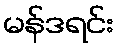
မန်ဒရင်း